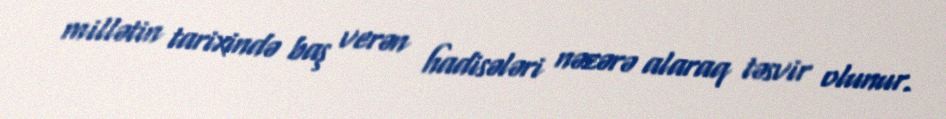
millətin tarixində baş verən hadisələri nəzərə alaraq təsvir olunur.